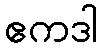
ဧကဒါ